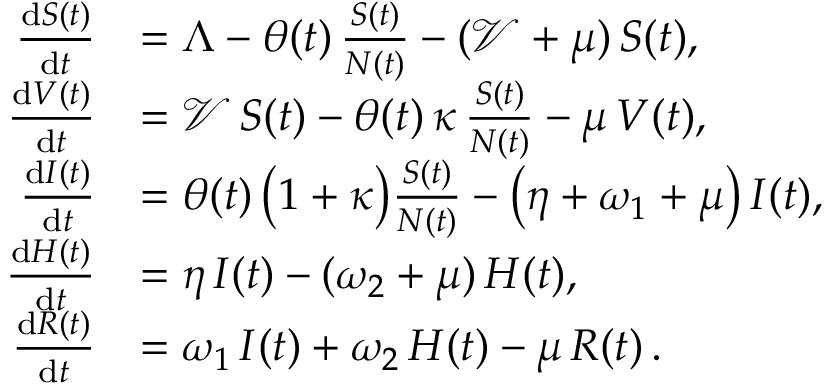
\begin{array} { r l } { \frac { \mathrm { d } S ( t ) } { \mathrm { d } t } } & { = \Lambda - \theta ( t ) \, \frac { S ( t ) } { N ( t ) } - ( \mathcal { V } + \mu ) \, S ( t ) , } \\ { \frac { \mathrm { d } V ( t ) } { \mathrm { d } t } } & { = \mathcal { V } \, S ( t ) - \theta ( t ) \, \kappa \, \frac { S ( t ) } { N ( t ) } - \mu \, V ( t ) , } \\ { \frac { \mathrm { d } I ( t ) } { \mathrm { d } t } } & { = \theta ( t ) \, \bigl ( 1 + \kappa \bigr ) \frac { S ( t ) } { N ( t ) } - \bigl ( \eta + \omega _ { 1 } + \mu \bigr ) \, I ( t ) , } \\ { \frac { \mathrm { d } H ( t ) } { \mathrm { d } t } } & { = \eta \, I ( t ) - ( \omega _ { 2 } + \mu ) \, H ( t ) , } \\ { \frac { \mathrm { d } R ( t ) } { \mathrm { d } t } } & { = \omega _ { 1 } \, I ( t ) + \omega _ { 2 } \, H ( t ) - \mu \, R ( t ) \, . } \end{array}